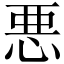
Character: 悪